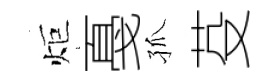
炬戞孤芟